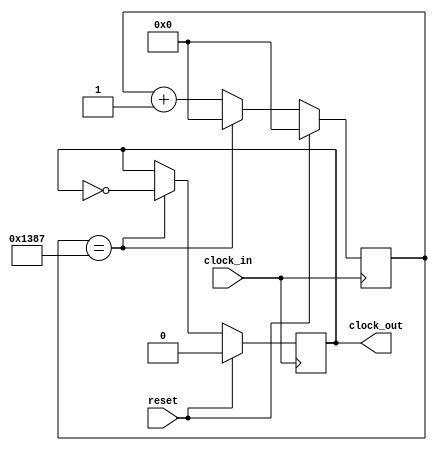
module ps2_clock_divider (
	input  wire clock_in,
	input  wire reset,
	output reg  clock_out
);
	
	reg [31:0] counter;
	
	always @ (posedge clock_in) 
	begin
		if (reset) begin
			counter <= 32'd0;
			clock_out <= 1'b0;
		end else begin 
			counter <= counter + 32'd1;
			
			if (counter == 32'd4999)
			begin
				clock_out <= ~clock_out;
				counter <= 32'd0;
			end 
		end 
	end 
	
endmodule